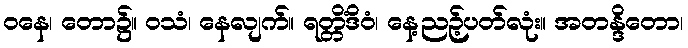
ဝနေ၊ တော၌။ ဝသံ၊ နေလျက်။ ရတ္တိံဒိဝံ၊ နေ့ညဉ့်ပတ်လုံး။ အတန္ဒိတော၊